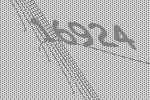
16924